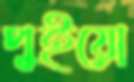
পুইয়ো